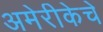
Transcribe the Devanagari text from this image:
अमेरीकेचे